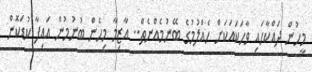
މީހުން ދައްކާހައި ވާހަކައަކަށް ހެއްލުމުގެ ބޭނުމެއްނެތް.. އާޒިމާ މިހެން ބުނުމުން އައިފާ ކުޑަކޮން